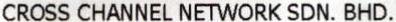
CROSS CHANNEL NETWORK SDN. BHD.